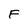
Character: F